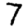
Digit: 7